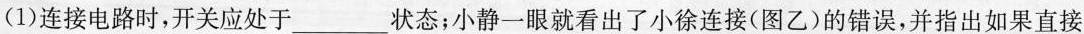
(1)连接电路时，开关应处于___状态；小静一眼就看出了小徐连接(图乙)的错误，并指出如果直接